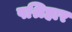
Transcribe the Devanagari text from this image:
पश्रिहार